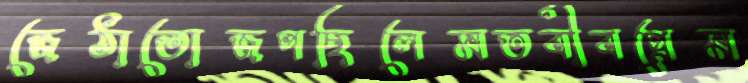
জেঠাতোজপছিলেমতবীবপ্রেম